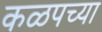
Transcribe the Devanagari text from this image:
कळपच्या